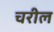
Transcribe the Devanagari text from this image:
चरील